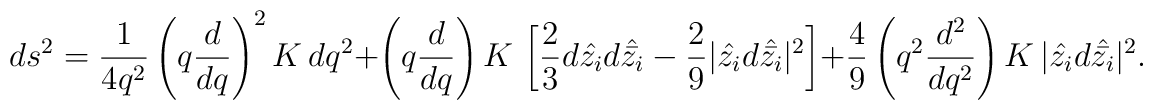
ds^2 = {1 \over 4q^2} \left(q {d \over dq}\right)^2 K\, dq^2 + \left(q {d \over dq}\right) K\, \left[{2 \over 3} d\hat{z_i} d\hat{\bar{z_i}} - {2 \over 9} | \hat{z_i} d\hat{\bar{z_i}}|^2 \right] + {4 \over 9} \left(q^2 {d^2 \over dq^2}\right) K \,  | \hat{z_i} d\hat{\bar{z_i}}|^2  .